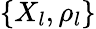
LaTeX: \{ X_{l},\rho_{l}\}